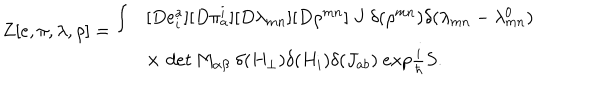
LaTeX: \begin{array} { l l } { { \begin{array} { l } { { Z [ e , \pi , \lambda , \rho ] = } } \\ \end{array} \int } } & { { [ D e _ { i } ^ { a } ] [ D \pi _ { a } ^ { i } ] [ D \lambda _ { m n } ] [ D \rho ^ { m n } ] \ J \ \delta ( \rho ^ { m n } ) \delta ( \lambda _ { m n } - \lambda _ { m n } ^ { 0 } ) } } \\ { { } } & { { \times \, \, d e t \, M _ { \alpha \beta } \ \delta ( H _ { \perp } ) \delta ( H _ { i } ) \delta ( J _ { a b } ) \ e x p \frac { i } { \hbar } S . } } \\ \end{array}